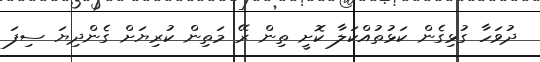
ދުވަހާ ގުޅިގެން ކަޅުތުއްކަލާ ކޮށީ ތިން ރޭ މަތިން ކުރިޔަށް ގެންދިޔަ ސިފަ